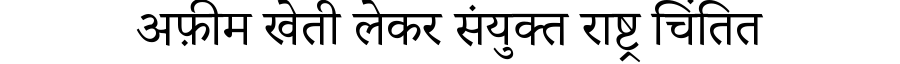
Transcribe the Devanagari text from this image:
अफ़ीम खेती लेकर संयुक्त राष्ट्र चिंतित